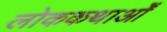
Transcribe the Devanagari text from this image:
लोककथाओँ